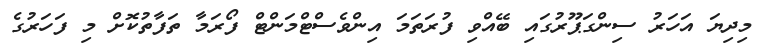
މިދިޔަ އަހަރު ސިންގަޕޫރުގައި ބޭއްވި ފުރަތަމަ އިންވެސްޓްމަންޓް ފޯރަމާ ތަފާތުކޮށް މި ފަހަރުގެ